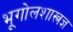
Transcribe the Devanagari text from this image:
भूगोलशास्त्रज्ञ